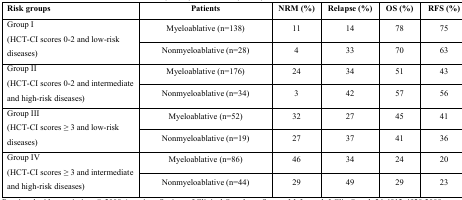
<table><thead><tr><td><b>Risk groups</b></td><td><b>Patients</b></td><td><b>NRM (%)</b></td><td><b>Relapse (%)</b></td><td><b>OS (%)</b></td><td><b>RFS (%)</b></td></tr></thead><tbody><tr><td rowspan="2">Group I (HCT-CI scores 0–2 and low-risk diseases)</td><td>Myeloablative (n=138)</td><td>11</td><td>14</td><td>78</td><td>75</td></tr><tr><td>Nonmyeloablative (n=28)</td><td>4</td><td>33</td><td>70</td><td>63</td></tr><tr><td rowspan="2">Group II (HCT-CI scores 0–2 and intermediate and high-risk diseases)</td><td>Myeloablative (n=176)</td><td>24</td><td>34</td><td>51</td><td>43</td></tr><tr><td>Nonmyeloablative (n=34)</td><td>3</td><td>42</td><td>57</td><td>56</td></tr><tr><td rowspan="2">Group III (HCT-CI scores ≥ 3 and low-risk diseases)</td><td>Myeloablative (n=52)</td><td>32</td><td>27</td><td>45</td><td>41</td></tr><tr><td>Nonmyeloablative (n=19)</td><td>27</td><td>37</td><td>41</td><td>36</td></tr><tr><td rowspan="2">Group IV (HCT-CI scores ≥ 3 and intermediate and high-risk diseases)</td><td>Myeloablative (n=86)</td><td>46</td><td>34</td><td>24</td><td>20</td></tr><tr><td>Nonmyeloablative (n=44)</td><td>29</td><td>49</td><td>29</td><td>23</td></tr></tbody></table>